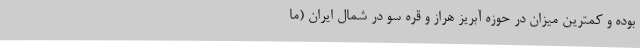
بوده و کمترین میزان در حوزه آبریز هراز و قره سو در شمال ایران (ما